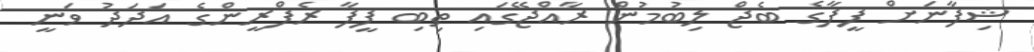
ޝިފާނަށް ފީފާގެ ބެޖް ލިބުމުން ރާއްޖޭގައި ތިިބި ފީފާ ރެފްރީންގެ އަދަދު ވަނީ